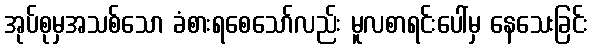
အုပ်စုမှအသစ်သော ခံစားရစေသော်လည်း မူလစာရင်းပေါ်မှ နေသေးခြင်း